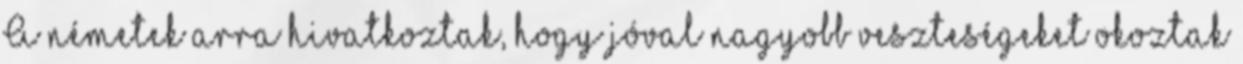
A németek arra hivatkoztak, hogy jóval nagyobb veszteségeket okoztak